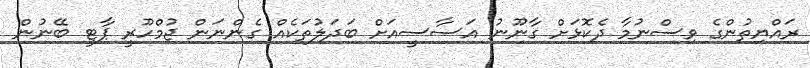
ރައްޔިތުންގެ ވިސްނުމާ ދެކޮޅަށް ގާނޫނު އަސާސީއަށް ބަދަލުތަކެއް ގެންނަން ޖުމްހޫރީ ޕާޓީ ބޭނުން